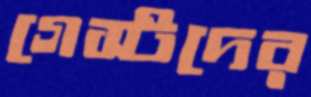
গেস্টদের